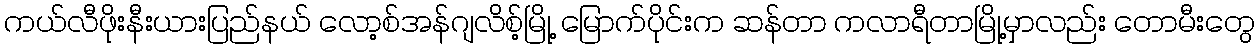
ကယ်လီဖိုးနီးယားပြည်နယ် လော့စ်အန်ဂျလိစ့်မြို့ မြောက်ပိုင်းက ဆန်တာ ကလာရီတာမြို့မှာလည်း တောမီးတွေ